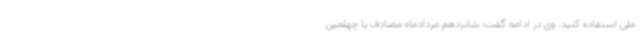
ملی استفاده کنید. وی در ادامه گفت: شانزدهم مردادماه مصادف با چهلمین